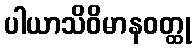
ပါယာသိဝိမာနဝတ္ထု